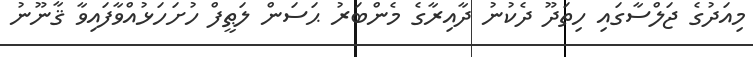
މިއަދުގެ ޖަލްސާގައި ހިތަދޫ ދެކުނު ދާއިރާގެ މެންބަރު ޙަސަން ލަޠީފް ހުށަހަޅުއްވާފައިވާ ޤާނޫނު